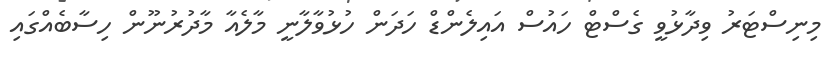
މިނިސްޓަރު ވިދާޅުވީ ގެސްޓް ހައުސް އައިލެންޑް ހަދަން ހުޅުވާލާނީ މާލެއާ މާދުރުނޫން ހިސާބެއްގައި